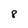
Character: 8